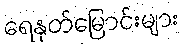
ရေနုတ်မြောင်းများ